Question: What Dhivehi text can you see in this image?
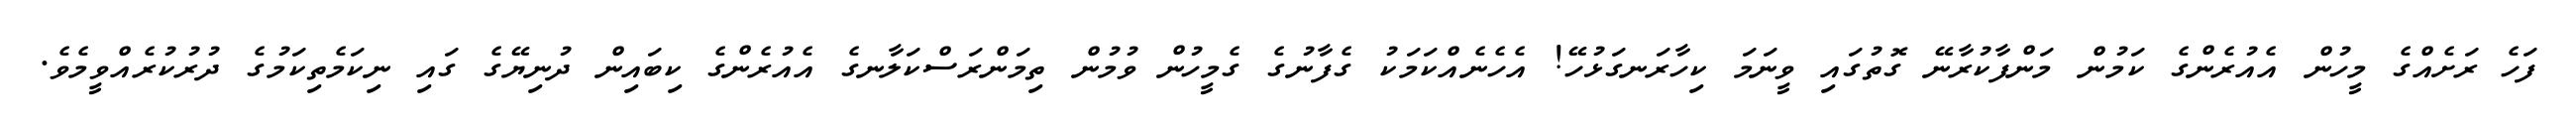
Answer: ފަހެ ރަށެއްގެ މީހުން އެއުރެންގެ ކަމުން މަންފާކުރާނޭ ގޮތުގައި ވީނަމަ ކިހާރަނގަޅުހޭ! އެހެނެއްކަމަކު ގެފާނުގެ ގެމީހުން ވުމުން ތިމަންރަސްކަލާނގެ އެއުރެންގެ ކިބައިން ދުނިޔޭގެ ގައި ނިކަމެތިކަމުގެ ދުރުކުރެއްވީމެވެ.